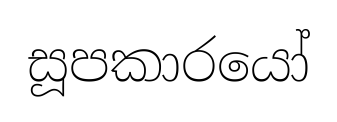
සූපකාරයෝ